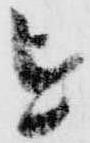
を